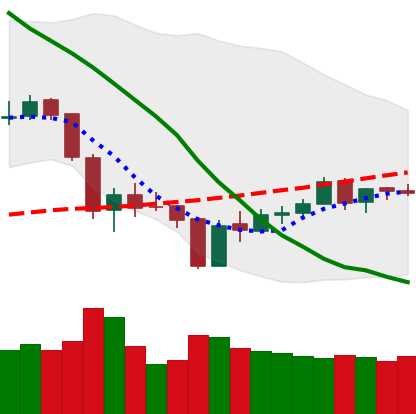
Ticker: ETH-USD
Chart end date: 2018-06-07
Forward return: -17.903%
Label: down_7plus